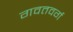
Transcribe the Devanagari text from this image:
गवतवर्ग